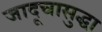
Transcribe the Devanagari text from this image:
जादूचासुद्धा